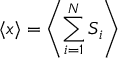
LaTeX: \langle x \rangle = \left\langle \sum _ { i = 1 } ^ { N } S _ { i } \right\rangle